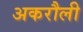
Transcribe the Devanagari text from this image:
अकरौली